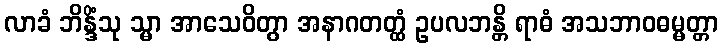
လာခံ ဘိန္ဒိံသု သ္မာ အာသေဝိတွာ အနာဂတတ္ထံ ဥပလဘန္တိ ရာဓံ အသဘာဝဓမ္မတ္တာ